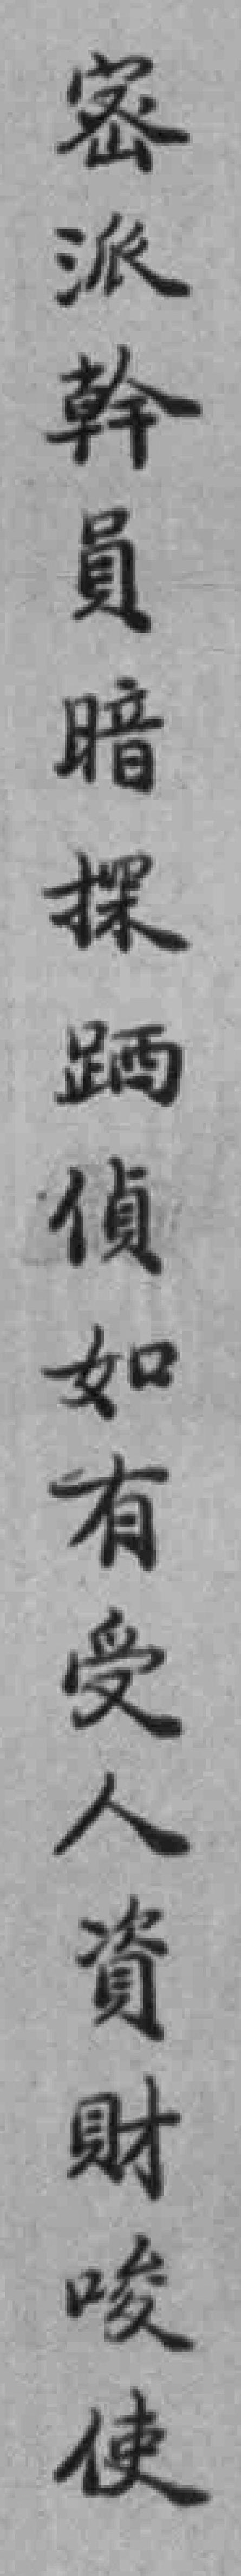
密派幹員暗探跴偵如有受人資财唆使